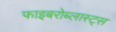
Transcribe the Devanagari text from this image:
फाइबरोब्लास्ट्स